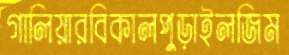
গালিয়ারবিকালপুড়াইলজিম